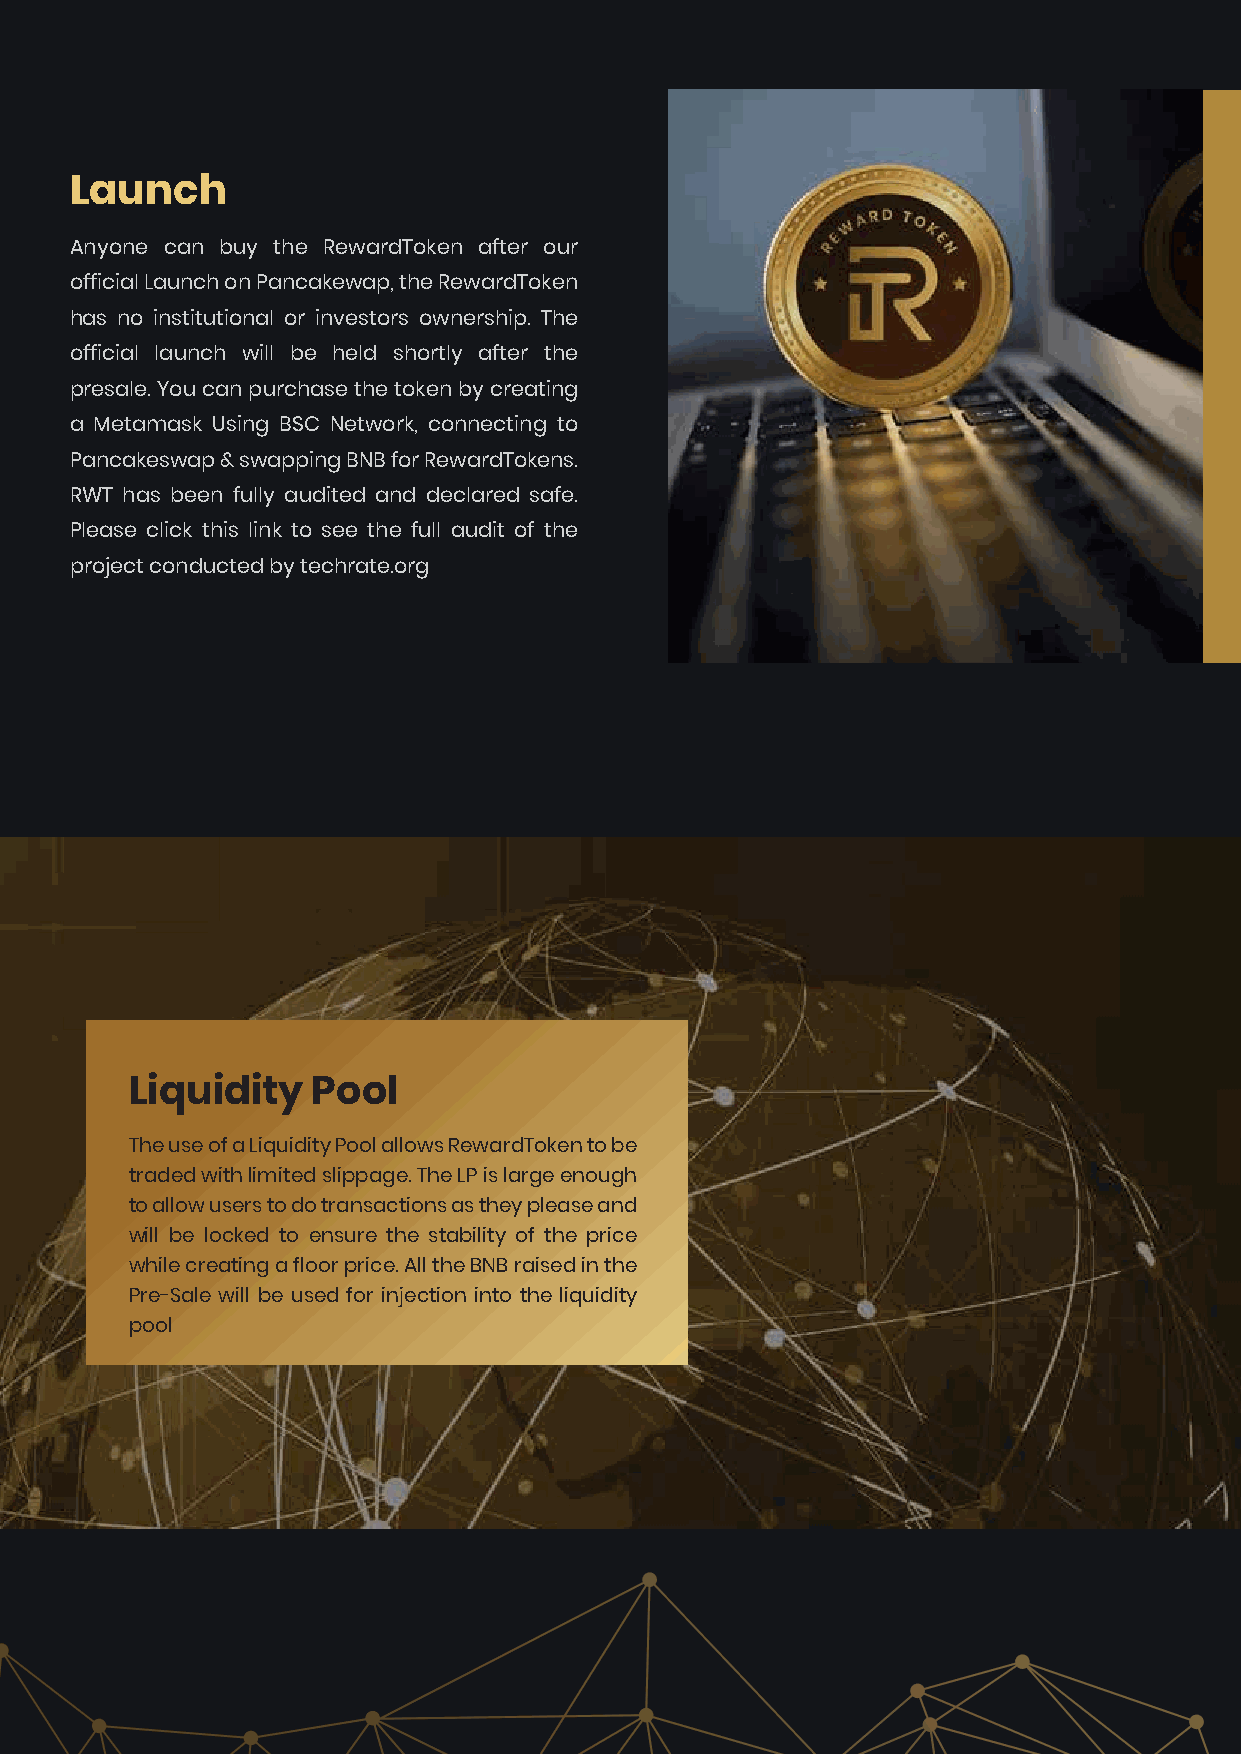
Launch
 Anyone can buy the RewardToken after our
 official Launch on Pancakewap, the RewardToken
 has no institutional or investors ownership. The
 official launch will be held shortly after the
 presale. You can purchase the token by creating
 a Metamask Using BSC Network, connecting to
 Pancakeswap & swapping BNB for RewardTokens.
 RWT has been fully audited and declared safe.
 Please click this link to see the full audit of the
 project conducted by techrate.org
 Liquidity   Pool
 The use of a Liquidity Pool allows RewardToken to be
 traded with limited slippage. The LP is large enough
 to allow users to do transactions as they please and
 will be locked to ensure the stability of the price
 while creating a floor price. All the BNB raised in the
 Pre-Sale will be used for injection into the liquidity
 pool